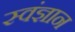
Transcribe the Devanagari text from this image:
स्वंज्ञान